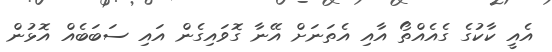
އެއީ ކާކުގެ ގެއެއްތޯ އާއި އެތަނަށް އޭނާ ގޮވައިގެން އައި ސަބަބެއް އޮޅުން